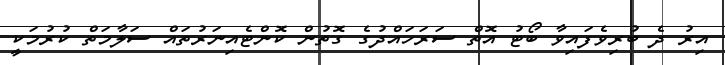
އިރު ދެ ބުރިވެފައިވާ ބޯޓު އޮތް ސަރަހައްދުގެ ގޮތުން ކޮންޓެއިނަރުތައް ސަލާމަތް ކުރުމަކީ